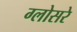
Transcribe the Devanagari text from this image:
ग्लोसरे